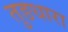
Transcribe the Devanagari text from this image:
तुङधारा